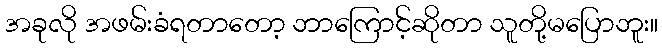
အခုလို အဖမ်းခံရတာတော့ ဘာကြောင့်ဆိုတာ သူတို့မပြောဘူး။